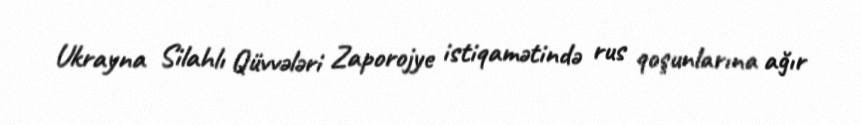
Ukrayna Silahlı Qüvvələri Zaporojye istiqamətində rus qoşunlarına ağır